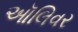
ઑલિવર